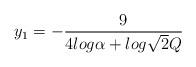
LaTeX: \begin{align*}y_{1} = -\frac{9}{4log\alpha + log\sqrt{2}Q}\end{align*}